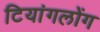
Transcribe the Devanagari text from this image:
टियांगलोंग